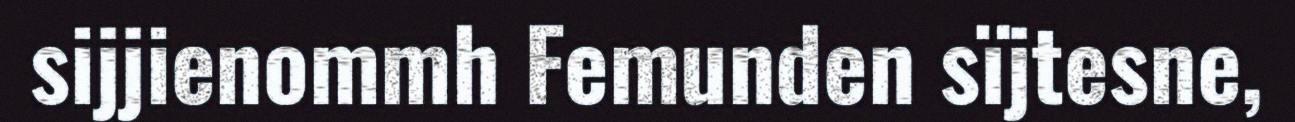
sijjienommh Femunden sïjtesne,